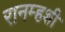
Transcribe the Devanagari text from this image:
रानम्हशी